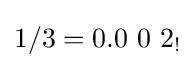
1/3=0.0\ 0\ 2_{!}